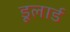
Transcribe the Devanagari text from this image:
डूलार्ड